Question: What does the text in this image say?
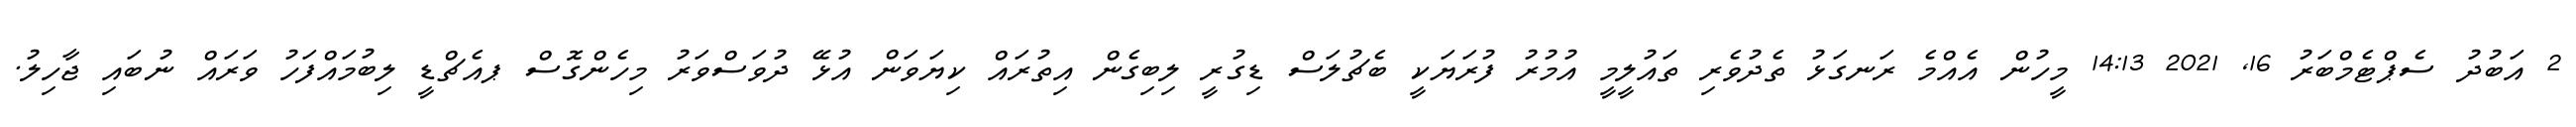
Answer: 2 އަބުދު ސެޕްޓެމްބަރު 16, 2021 14:13 މީހުން އެއްމެ ރަނގަޅު ތެދުވެރި ތައުލީމީ އުމުރު ފުރަޔަކީ ބެޗުލަސް ޑިގުރީ ލިބިގެން އިތުރައް ކިޔަވަން އުޅޭ ދުވަސްވަރު މިހެންގޮސް ޕއެޗްޑީ ލިބުމައްފަހު ވަރައް ނުބައި ޖާހިލު.